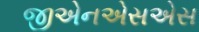
જીએનએસએસ